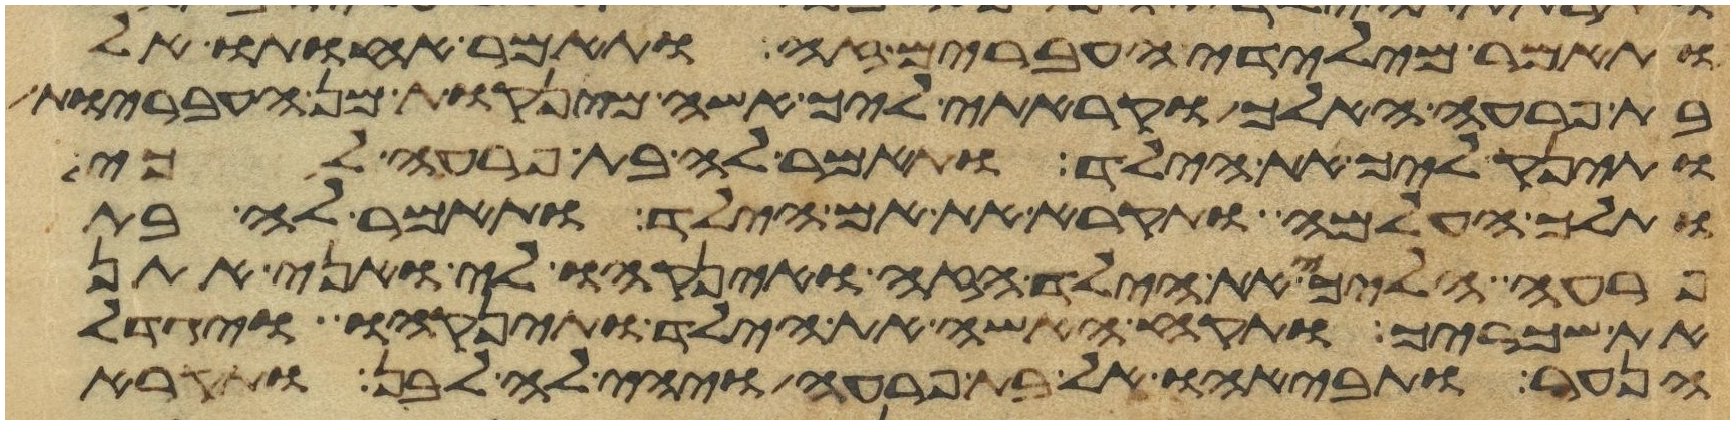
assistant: ותאמר מילדי העברים זה ותאמר אחותו אל
בת פרעה האלך וקראתי ליך אשה מינקות מן העבריות
ותינק ליך את הילד ותאמר לה בת פרעה לכי
ותלך העלמה ותקרא את אם הילד ותאמר לה בת
פרעה הלכי את הילד הזה והנקהו לי ואני אתן
את שכריך ותקח האשה את הילד ותינקהו ויגדל
הנער ותבאהו אל בת פרעה ויהי לה לבן ותקרא